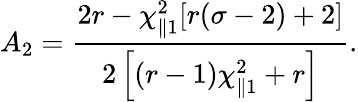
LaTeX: A_{2}=\frac{2r-\chi_{\parallel 1}^{2}[r(\sigma-2)+2]}{2\left[(r-1)\chi_{\parallel 1}^{2}+r\right]}.